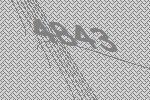
4843